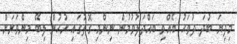
މިދިޔަ ބުދަ ދުވަހު ބޭއްވި ބައްދަލުވުމުން ނިންމި ގޮތުގައި ރުހުން ލިބޭ މިންވަރަށް